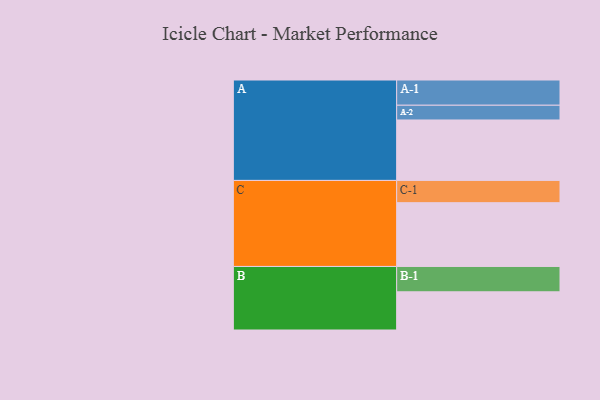
{"axis": {"x": "Segment", "y": "Value"}, "legend": ["", "A", "B", "C"], "data": [{"x": "A", "y": 508, "type": ""}, {"x": "B", "y": 321, "type": ""}, {"x": "C", "y": 536, "type": ""}, {"x": "A-1", "y": 212, "type": "A"}, {"x": "A-2", "y": 124, "type": "A"}, {"x": "B-1", "y": 213, "type": "B"}, {"x": "C-1", "y": 187, "type": "C"}]}